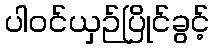
ပါဝင်ယှဉ်ပြိုင်ခွင့်